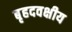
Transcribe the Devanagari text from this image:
बृहदवक्षीय